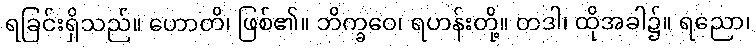
ရခြင်းရှိသည်။ ဟောတိ၊ ဖြစ်၏။ ဘိက္ခဝေ၊ ရဟန်းတို့။ တဒါ၊ ထိုအခါ၌။ ရညော၊